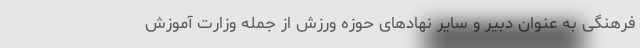
فرهنگی به عنوان دبیر و سایر نهادهای حوزه ورزش از جمله وزارت آموزش